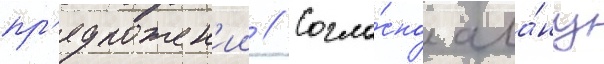
пр'едложен'ии // Согла́сно ала́ну